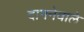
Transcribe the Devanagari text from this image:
दागनेवाले